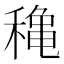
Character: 𥡌